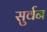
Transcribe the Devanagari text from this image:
सुर्वन